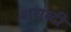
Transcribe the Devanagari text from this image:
शराब्दी